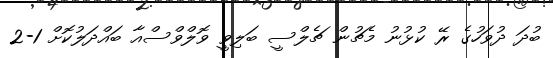
ބުދަ ދުވަހުގެ ރޭ ކުޅުނު މެޗުން ޗެލްސީ ބަލިވީ ވޮލްވްސްއާ ބައްދަލުކޮށް 1-2